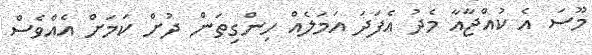
މޫސަ އެ ކުއްޖާއާ މެދު އެފަދަ އަމަލެއް ހިންގިތަން ދުށް ކަމަށް އެއްވެސް